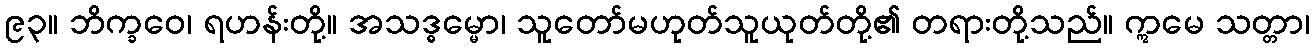
၉၃။ ဘိက္ခဝေ၊ ရဟန်းတို့။ အသဒ္ဓမ္မော၊ သူတော်မဟုတ်သူယုတ်တို့၏ တရားတို့သည်။ ဣမေ သတ္တာ၊